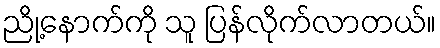
ညို့နောက်ကို သူ ပြန်လိုက်လာတယ်။